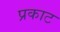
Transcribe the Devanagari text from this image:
प्रकाट